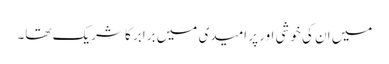
میں ان کی خوشی اور پر امیدی میں برابر کا شریک تھا۔